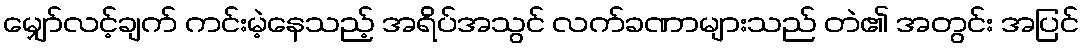
မျှော်လင့်ချက် ကင်းမဲ့နေသည့် အရိပ်အသွင် လက်ခဏာများသည် တဲ၏ အတွင်း အပြင်